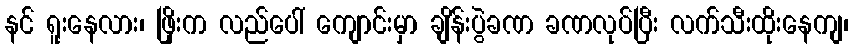
နင် ရူးနေလား၊ ဖြိုးက လည်ပေါ် ကျောင်းမှာ ချိန်းပွဲခဏ ခဏလုပ်ပြီး လက်သီးထိုးနေကျ၊